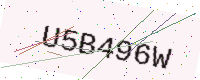
Text: U5B496W